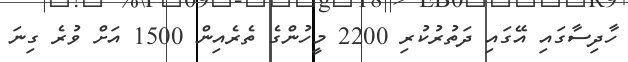
ހާދިސާގައި އޭގައި ދަތުރުކުރި 2200 މީހުންގެ ތެރެއިން 1500 އަށް ވުރެ ގިނަ